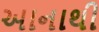
અાનાથી